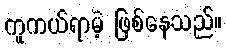
ကူကယ်ရာမဲ့ ဖြစ်နေသည်။